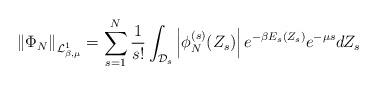
LaTeX: \begin{align*}\left\Vert \Phi_N \right\Vert_{\mathcal{L}^1_{\beta,\mu}} =\sum_{s=1}^N \frac{1}{s!} \int_{\mathcal{D}_s}\left| \phi_N^{(s)} (Z_s) \right| e^{-\beta E_s(Z_s)} e^{-\mu s} dZ_s\end{align*}